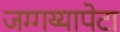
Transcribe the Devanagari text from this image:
जग्गय्यापेटा